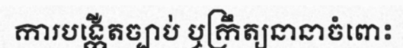
ការបង្កើតច្បាប់ ឬក្រឹត្យនានាចំពោះ